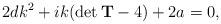
LaTeX: \begin{align*}2dk^2+ik(\det{\mathbf{T}}-4)+2a=0,\end{align*}